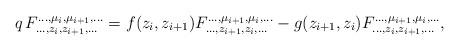
LaTeX: \begin{align*}q \, F_{\ldots , z_{i}, z_{i+1}, \ldots}^{\ldots , \mu_{i}, \mu_{i+1}, \ldots}=f(z_{i}, z_{i+1})F_{\ldots , z_{i+1}, z_{i}, \ldots}^{\ldots , \mu_{i+1}, \mu_{i}, \ldots}-g(z_{i+1}, z_{i})F_{\ldots , z_{i}, z_{i+1}, \ldots}^{\ldots , \mu_{i+1}, \mu_{i}, \ldots}, \end{align*}